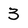
Character: 3